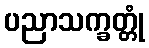
ပညာသက္ခတ္တုံ